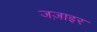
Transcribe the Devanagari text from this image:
जज़ाइर